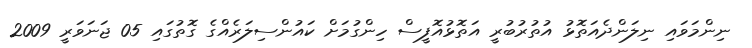
ނިންމަވައި ނިލަންދެއަތޮޅު އުތުރުބުރީ އަތޮޅުއޮފީސް ހިންގުމަށް ކައުންސިލަރެއްގެ ގޮތުގައި 05 ޖަނަވަރީ 2009